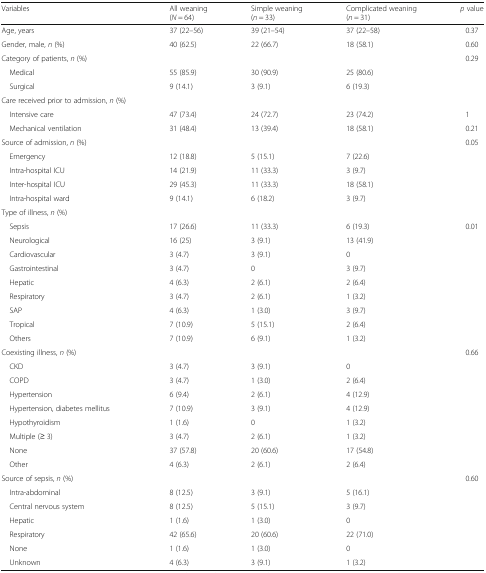
<table><thead><tr><td><b>Variables</b></td><td><b>All weaning (<i>N</i> = 64)</b></td><td><b>Simple weaning(<i>n</i> = 33)</b></td><td><b>Complicated weaning(<i>n</i> = 31)</b></td><td><b><i>p</i> value</b></td></tr></thead><tbody><tr><td>Age, years</td><td>37 (22–56)</td><td>39 (21–54)</td><td>37 (22–58)</td><td>0.37</td></tr><tr><td>Gender, male, <i>n</i> (%)</td><td>40 (62.5)</td><td>22 (66.7)</td><td>18 (58.1)</td><td>0.60</td></tr><tr><td>Category of patients, <i>n</i> (%)</td><td></td><td></td><td></td><td>0.29</td></tr><tr><td> Medical</td><td>55 (85.9)</td><td>30 (90.9)</td><td>25 (80.6)</td><td></td></tr><tr><td> Surgical</td><td>9 (14.1)</td><td>3 (9.1)</td><td>6 (19.3)</td><td></td></tr><tr><td>Care received prior to admission, <i>n</i> (%)</td><td></td><td></td><td></td><td></td></tr><tr><td> Intensive care</td><td>47 (73.4)</td><td>24 (72.7)</td><td>23 (74.2)</td><td>1</td></tr><tr><td> Mechanical ventilation</td><td>31 (48.4)</td><td>13 (39.4)</td><td>18 (58.1)</td><td>0.21</td></tr><tr><td>Source of admission, <i>n</i> (%)</td><td></td><td></td><td></td><td>0.05</td></tr><tr><td> Emergency</td><td>12 (18.8)</td><td>5 (15.1)</td><td>7 (22.6)</td><td></td></tr><tr><td> Intra-hospital ICU</td><td>14 (21.9)</td><td>11 (33.3)</td><td>3 (9.7)</td><td></td></tr><tr><td> Inter-hospital ICU</td><td>29 (45.3)</td><td>11 (33.3)</td><td>18 (58.1)</td><td></td></tr><tr><td> Intra-hospital ward</td><td>9 (14.1)</td><td>6 (18.2)</td><td>3 (9.7)</td><td></td></tr><tr><td>Type of illness, <i>n</i> (%)</td><td></td><td></td><td></td><td></td></tr><tr><td> Sepsis</td><td>17 (26.6)</td><td>11 (33.3)</td><td>6 (19.3)</td><td>0.01</td></tr><tr><td> Neurological</td><td>16 (25)</td><td>3 (9.1)</td><td>13 (41.9)</td><td></td></tr><tr><td> Cardiovascular</td><td>3 (4.7)</td><td>3 (9.1)</td><td>0</td><td></td></tr><tr><td> Gastrointestinal</td><td>3 (4.7)</td><td>0</td><td>3 (9.7)</td><td></td></tr><tr><td> Hepatic</td><td>4 (6.3)</td><td>2 (6.1)</td><td>2 (6.4)</td><td></td></tr><tr><td> Respiratory</td><td>3 (4.7)</td><td>2 (6.1)</td><td>1 (3.2)</td><td></td></tr><tr><td> SAP</td><td>4 (6.3)</td><td>1 (3.0)</td><td>3 (9.7)</td><td></td></tr><tr><td> Tropical</td><td>7 (10.9)</td><td>5 (15.1)</td><td>2 (6.4)</td><td></td></tr><tr><td> Others</td><td>7 (10.9)</td><td>6 (9.1)</td><td>1 (3.2)</td><td></td></tr><tr><td>Coexisting illness, <i>n</i> (%)</td><td></td><td></td><td></td><td>0.66</td></tr><tr><td> CKD</td><td>3 (4.7)</td><td>3 (9.1)</td><td>0</td><td></td></tr><tr><td> COPD</td><td>3 (4.7)</td><td>1 (3.0)</td><td>2 (6.4)</td><td></td></tr><tr><td> Hypertension</td><td>6 (9.4)</td><td>2 (6.1)</td><td>4 (12.9)</td><td></td></tr><tr><td> Hypertension, diabetes mellitus</td><td>7 (10.9)</td><td>3 (9.1)</td><td>4 (12.9)</td><td></td></tr><tr><td> Hypothyroidism</td><td>1 (1.6)</td><td>0</td><td>1 (3.2)</td><td></td></tr><tr><td> Multiple (≥ 3)</td><td>3 (4.7)</td><td>2 (6.1)</td><td>1 (3.2)</td><td></td></tr><tr><td> None</td><td>37 (57.8)</td><td>20 (60.6)</td><td>17 (54.8)</td><td></td></tr><tr><td> Other</td><td>4 (6.3)</td><td>2 (6.1)</td><td>2 (6.4)</td><td></td></tr><tr><td>Source of sepsis, <i>n</i> (%)</td><td></td><td></td><td></td><td>0.60</td></tr><tr><td> Intra-abdominal</td><td>8 (12.5)</td><td>3 (9.1)</td><td>5 (16.1)</td><td></td></tr><tr><td> Central nervous system</td><td>8 (12.5)</td><td>5 (15.1)</td><td>3 (9.7)</td><td></td></tr><tr><td> Hepatic</td><td>1 (1.6)</td><td>1 (3.0)</td><td>0</td><td></td></tr><tr><td> Respiratory</td><td>42 (65.6)</td><td>20 (60.6)</td><td>22 (71.0)</td><td></td></tr><tr><td> None</td><td>1 (1.6)</td><td>1 (3.0)</td><td>0</td><td></td></tr><tr><td> Unknown</td><td>4 (6.3)</td><td>3 (9.1)</td><td>1 (3.2)</td><td></td></tr></tbody></table>